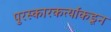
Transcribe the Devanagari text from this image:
पुरस्कारकर्त्यांकडून